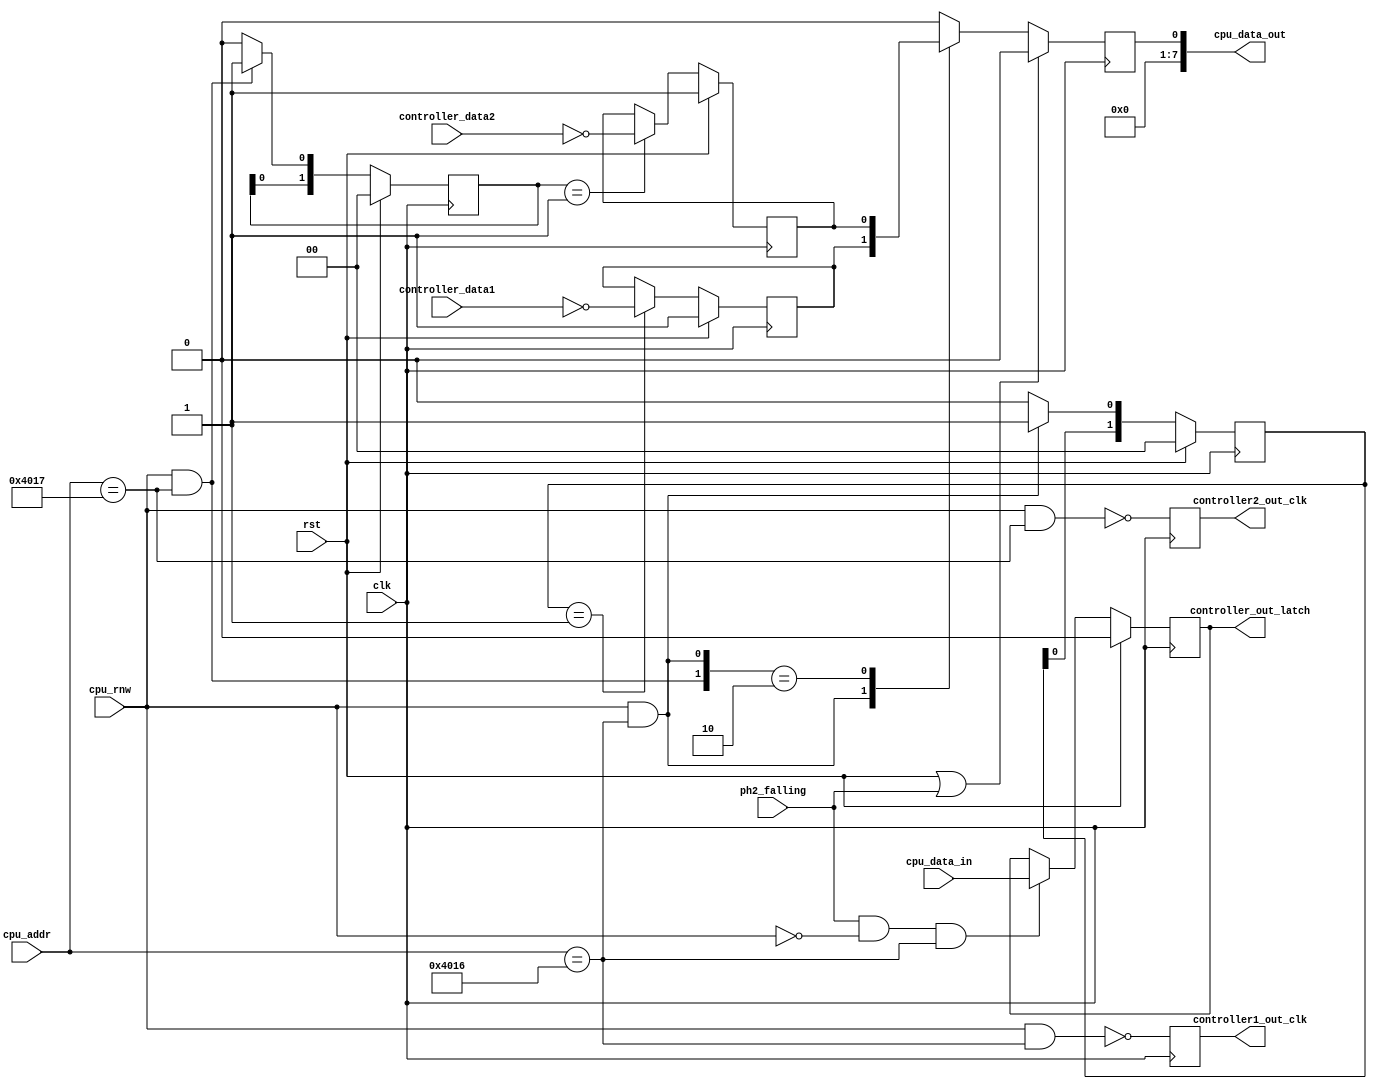
`timescale 1ns / 1ps
//////////////////////////////////////////////////////////////////////////////////
// Company: 
// Engineer: 
// 
// Design Name: 
// Module Name:    controller_top 
// Project Name: 
// Target Devices: 
// Tool versions: 
// Description: 
//
// Dependencies: 
//
// Revision: 
// Revision 0.01 - File Created
// Additional Comments: 
//
//////////////////////////////////////////////////////////////////////////////////
module controller_top(
    //clock
    input wire clk,
    input wire rst,
    input wire ph2_falling,

    // CPU interface for memory acess master
	input 	wire 	[15:0] 		cpu_addr,
	input 	wire 				cpu_rnw, 
	output 	reg 	[7:0] 		cpu_data_out = 8'd0,
	input 	wire 	     		cpu_data_in, //just one bit the $4016 write strobe

    //controller output signals
    input  wire         controller_data1,    // joypad 1 input signal
    input  wire         controller_data2,    // joypad 2 input signal
    output reg          controller1_out_clk,      // joypad output clk signal
    output reg          controller2_out_clk,      // joypad output clk signal
    output wire         controller_out_latch     // joypad output latch signal
    );

//*****************************************************************************
//* Generating controll signals                                          	  *
//*****************************************************************************
localparam [15:0] CONTROLLER1_ADDR = 16'h4016;
localparam [15:0] CONTROLLER2_ADDR = 16'h4017;

//register write enable signals
wire shift_register_strobe_wr = ph2_falling & ~cpu_rnw & (cpu_addr == CONTROLLER1_ADDR);

wire controller1_rd = cpu_rnw && (cpu_addr == CONTROLLER1_ADDR);
wire controller2_rd = cpu_rnw && (cpu_addr == CONTROLLER2_ADDR);

//*****************************************************************************
//* controller latch register write                                           *
//*****************************************************************************
//(* iob = "force" *)
reg controller_latch;

always @(posedge clk) 
begin
    if (rst)
        controller_latch <= 1'b0;
    else
        if (shift_register_strobe_wr)
            controller_latch <= cpu_data_in;
end

assign controller_out_latch = controller_latch;

//*****************************************************************************
//* $4016 & $4017                                                             *
//* controller reads                                                          *
//*****************************************************************************

//(* iob = "force" *)
//reg controller_clk;

//assign controller_out_clk = controller_clk;

//assign controller1_out_clk = ~( cpu_rnw & (cpu_addr == CONTROLLER1_ADDR));
//assign controller2_out_clk = ~( cpu_rnw & (cpu_addr == CONTROLLER2_ADDR));

always @(posedge clk) 
begin
    controller1_out_clk <= ~( cpu_rnw & (cpu_addr == CONTROLLER1_ADDR));
    controller2_out_clk <= ~( cpu_rnw & (cpu_addr == CONTROLLER2_ADDR));
end

//controller 1 data sampling
reg [1:0] controller1_rd_req_shr = 2'b0;

always @(posedge clk) 
begin
    if(rst)
        controller1_rd_req_shr <= 2'b0;
    else
        if (controller1_rd)
            controller1_rd_req_shr <= {controller1_rd_req_shr[0], 1'b1};
        else
            controller1_rd_req_shr <= {controller1_rd_req_shr[0], 1'b0};
end


reg controller1_data_reg= 1'b1;

always @(posedge clk) 
begin
    if (rst)
        controller1_data_reg <= 1'b1;
    else
        if (controller1_rd_req_shr == 2'b01)
            controller1_data_reg <= ~controller_data1;      
end

//controller 2 data sampling
reg [1:0] controller2_rd_req_shr = 2'b0;

always @(posedge clk) 
begin
    if(rst)
        controller2_rd_req_shr <= 2'b0;
    else
        if (controller2_rd)
            controller2_rd_req_shr <= {controller2_rd_req_shr[0], 1'b1};
        else
            controller2_rd_req_shr <= {controller2_rd_req_shr[0], 1'b0};
end


reg controller2_data_reg = 1'b1;

always @(posedge clk) 
begin
    if (rst)
        controller2_data_reg <= 1'b1;
    else
        if (controller2_rd_req_shr == 2'b01)
            controller2_data_reg <= ~controller_data2;      
end

//mintavtelezs a az olvass engedlyezs felfut lre cpu data out a kt bels
wire [7:0] controller1_data = {7'd0, controller1_data_reg}; // ezeket alaktsd t
wire [7:0] controller2_data = {7'd0, controller2_data_reg};

wire [1:0] read_sel; 

assign read_sel[0] = controller1_rd;
assign read_sel[1] = controller2_rd;

always @(posedge clk) 
begin
	if (rst || ph2_falling)
		cpu_data_out <= 8'd0;
	else
        casex (read_sel)
            2'bx1: cpu_data_out <= controller1_data;
            2'b10: cpu_data_out <= controller2_data;
            default: cpu_data_out <= 8'd0;
        endcase
end

endmodule